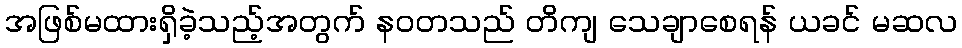
အဖြစ်မထားရှိခဲ့သည့်အတွက် နဝတသည် တိကျ သေချာစေရန် ယခင် မဆလ